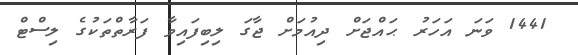
1441 ވަނަ އަހަރު ޙައްޖަށް ދިއުމަށް ޖާގަ ލިބިފައިވާ ފަރާތްތަކުގެ ލިސްޓް